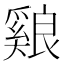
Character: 𦫑